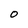
Character: O